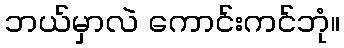
ဘယ်မှာလဲ ကောင်းကင်ဘုံ။